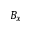
B _ { x }